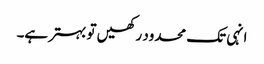
انہی تک محدود رکھیں تو بہتر ہے۔